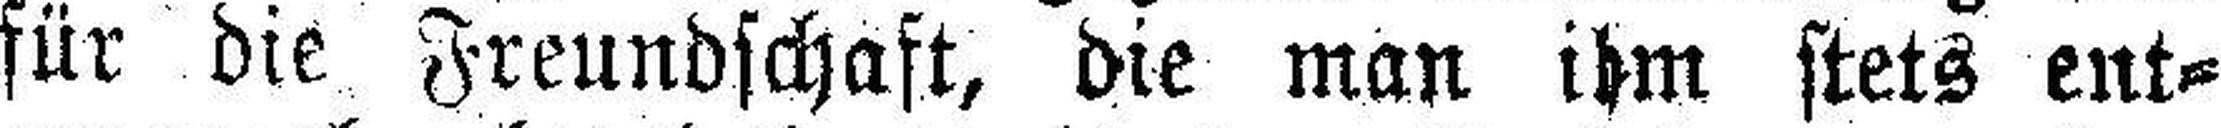
für die Freundschaft, die man ihm stets ent¬